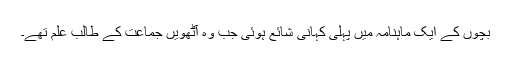
بچوں کے ایک ماہنامہ میں پہلی کہانی شائع ہوئی جب وہ آٹھویں جماعت کے طالب علم تھے۔